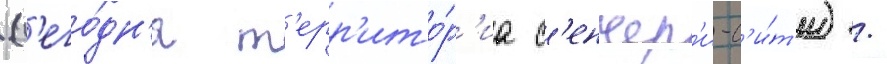
(с'его́дн'я т'ерр'ито́р'иа с'енчер'и-с'и́т'и) /